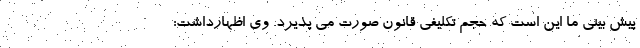
پیش بینی ما این است که حجم تکلیفی قانون صورت می پذیرد. وی اظهارداشت: